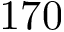
1 7 0